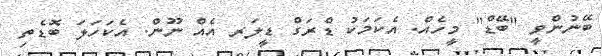
ބޭނުންވީ "ބޭޑް" މީހެއް. އެކަމަކު ޑްރަގް ޑީލަރ އެއް ނޫން. އެކަހަލަ ބޮޑެތި